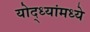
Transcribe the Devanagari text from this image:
योद्ध्यांमध्ये